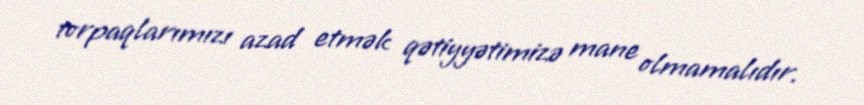
torpaqlarımızı azad etmək qətiyyətimizə mane olmamalıdır.